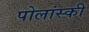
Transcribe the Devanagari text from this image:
पोलांस्की